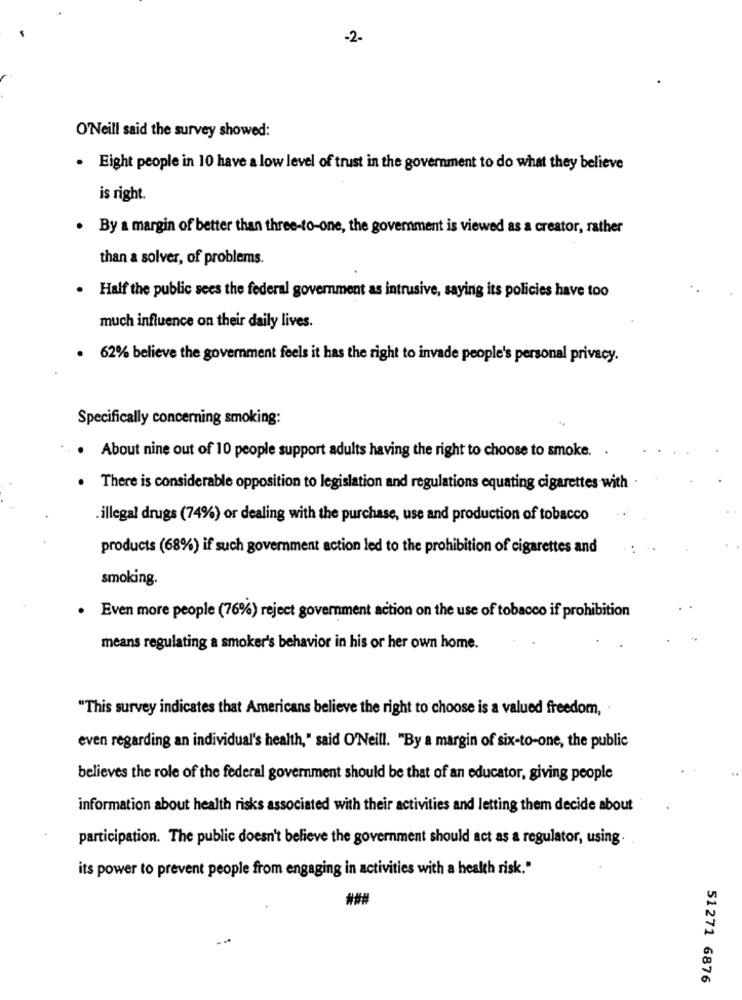
-2-
O'Neill said the survey showed:
. Eight people in 10 have a low level of trust in the government to do what they believe
is right.
By a margin of better than three-to-one, the government is viewed as a creator, rather
than a solver, of problems.
Half the public sees the federal government as intrusive, saying its policies have too
much influence on their daily lives.
. 62% believe the government feels it has the right to invade people's personal privacy.
Specifically concerning smoking:
About nine out of 10 people support adults having the right to choose to smoke. .
There is considerable opposition to legislation and regulations equating cigarettes with .
illegal drugs (74%) or dealing with the purchase, use and production of tobacco
products (68%) if such government action led to the prohibition of cigarettes and
smoking.
Even more people (76%) reject government action on the use of tobacco if prohibition
means regulating a smoker's behavior in his or her own home.
"This survey indicates that Americans believe the right to choose is a valued freedom, .
even regarding an individual's health," said O'Neill. "By a margin of six-to-one, the public
believes the role of the federal government should be that of an educator, giving people
information about health risks associated with their activities and letting them decide about
participation. The public doesn't believe the government should act as a regulator, using.
its power to prevent people from engaging in activities with a health risk."
###
51271 6876